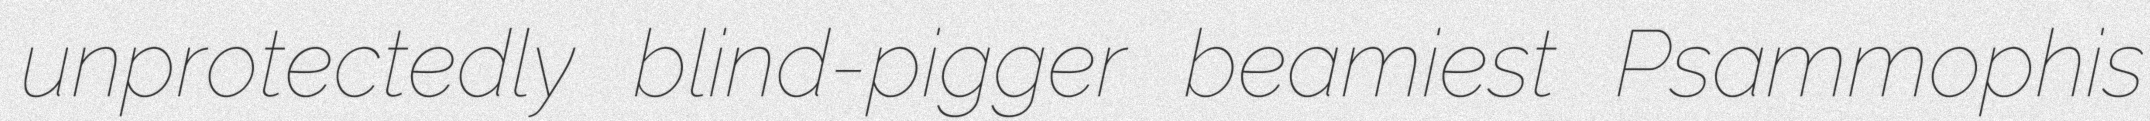
unprotectedly blind-pigger beamiest Psammophis